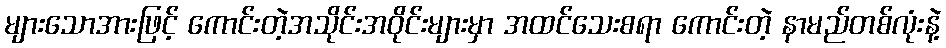
များသောအားဖြင့် ကောင်းတဲ့အသိုင်းအဝိုင်းများမှာ အထင်သေးစရာ ကောင်းတဲ့ နာမည်တစ်လုံးနဲ့